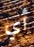
أي